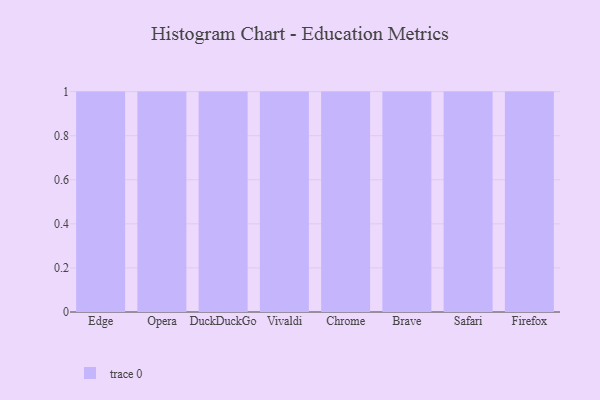
{"axis": {"x": "Browser", "y": "Net Income (USD K)"}, "legend": [""], "data": [{"x": "Edge", "y": 93, "type": ""}, {"x": "Opera", "y": 39, "type": ""}, {"x": "DuckDuckGo", "y": 31, "type": ""}, {"x": "Vivaldi", "y": 87, "type": ""}, {"x": "Chrome", "y": 73, "type": ""}, {"x": "Brave", "y": 86, "type": ""}, {"x": "Safari", "y": 8, "type": ""}, {"x": "Firefox", "y": 52, "type": ""}]}